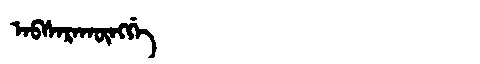
Manchu: ᠠᠪᠰᠠᡵᠠᡴᡡᠩᡤᡝ
Romanization: ABSARAKŪNGGE